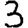
Digit: 3